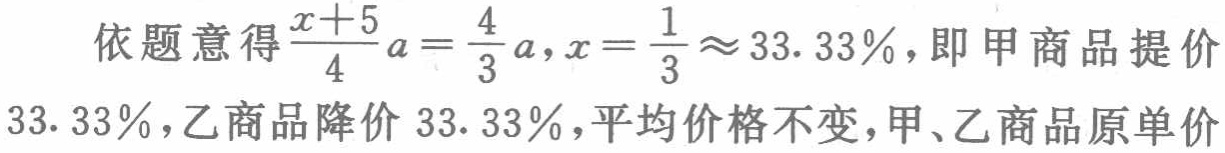
依题意得$\frac{x + 5}{4}a=\frac{4}{3}a,x=\frac{1}{3}\approx33.33\%$，即甲商品提价$33.33\%$，乙商品降价$33.33\%$，平均价格不变，甲、乙商品原单价